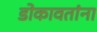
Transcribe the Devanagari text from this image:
डोकावतांना